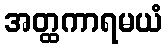
အတ္ထကာရမယံ